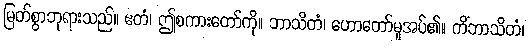
မြတ်စွာဘုရားသည်။ ဧတံ၊ ဤစကားတော်ကို။ ဘာသိတံ၊ ဟောတော်မူအပ်၏။ ကိံဘာသိတံ၊